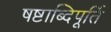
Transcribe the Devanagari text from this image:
षष्टाब्दिपूर्ति